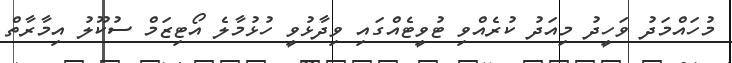
މުހައްމަދު ވަހީދު މިއަދު ކުރެއްވި ޓުވީޓެއްގައި ވިދާޅުވީ ހުޅުމާލެ އޯޓިޒަމް ސުކޫލު އިމާރާތް